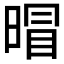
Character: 𱢕